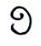
១